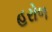
હરોળ